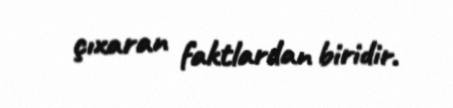
çıxaran faktlardan biridir.